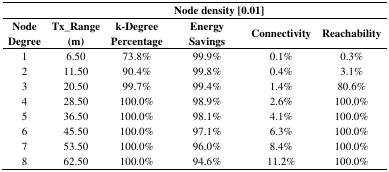
|  | <COLSPAN=5> Node density [0.01] |
 | Node Degree | Tx_Range (m) | k-Degree Percentage | Energy Savings | Connectivity | Reachability |
 | --- | --- | --- | --- | --- | --- |
 | 1 | 6.50 | 73.8% | 99.9% | 0.1% | 0.3% |
 | 2 | 11.50 | 90.4% | 99.8% | 0.4% | 3.1% |
 | 3 | 20.50 | 99.7% | 99.4% | 1.4% | 80.6% |
 | 4 | 28.50 | 100.0% | 98.9% | 2.6% | 100.0% |
 | 5 | 36.50 | 100.0% | 98.1% | 4.1% | 100.0% |
 | 6 | 45.50 | 100.0% | 97.1% | 6.3% | 100.0% |
 | 7 | 53.50 | 100.0% | 96.0% | 8.4% | 100.0% |
 | 8 | 62.50 | 100.0% | 94.6% | 11.2% | 100.0% |